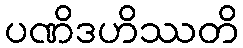
ပဏိဒဟိဿတိ